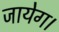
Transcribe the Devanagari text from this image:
जायेग।